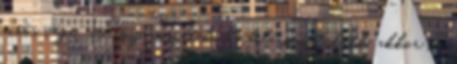
nincs vége. Végig viszitek, ha bele pusztultok, akkor is.